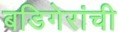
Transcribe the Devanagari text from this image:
बडिगेरांची